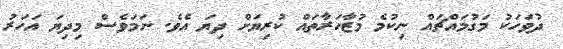
ދުވަހަކު މަގުމައްޗައް ނިކުމެ މުޒާހަރާތައް ކުރިޔަށް ދިޔަ އެވެ. ނަމަވެސް މިދިޔަ އަހަރު